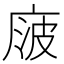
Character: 𰏻